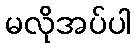
မလိုအပ်ပါ